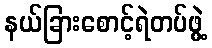
နယ်ခြားစောင့်ရဲတပ်ဖွဲ့